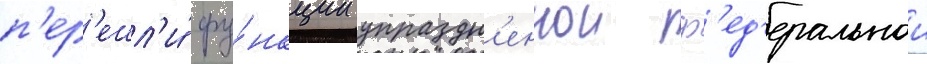
п'ер'ешл'и́ фу́нкции упраздн'еннои ф'ед'еральнои